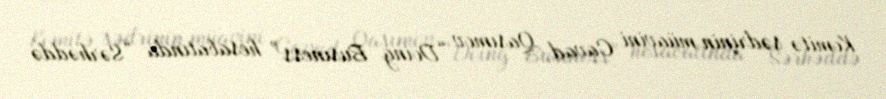
Komitə sədrinin müavini Cavad Qasımov “Doing Business” hesabatında “Sərhəddə